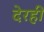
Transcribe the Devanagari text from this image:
देरही